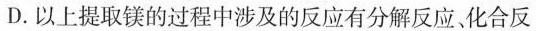
D.以上提取镁的过程中涉及的反应有分解反应、化合反